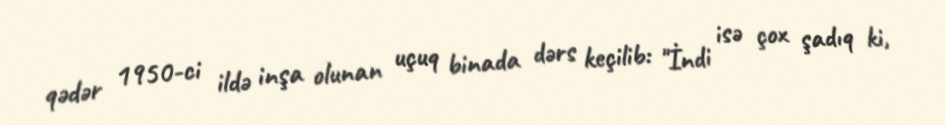
qədər 1950-ci ildə inşa olunan uçuq binada dərs keçilib: "İndi isə çox şadıq ki,